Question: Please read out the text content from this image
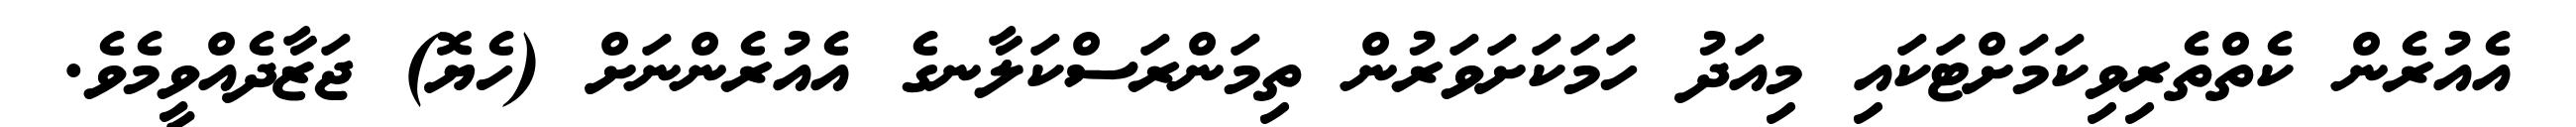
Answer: އެއުރެން ކެތްތެރިވިކަމަށްޓަކައި މިއަދު ހަމަކަށަވަރުން ތިމަންރަސްކަލާނގެ އެއުރެންނަށް (ހެޔޮ) ޖަޒާދެއްވީމެވެ.